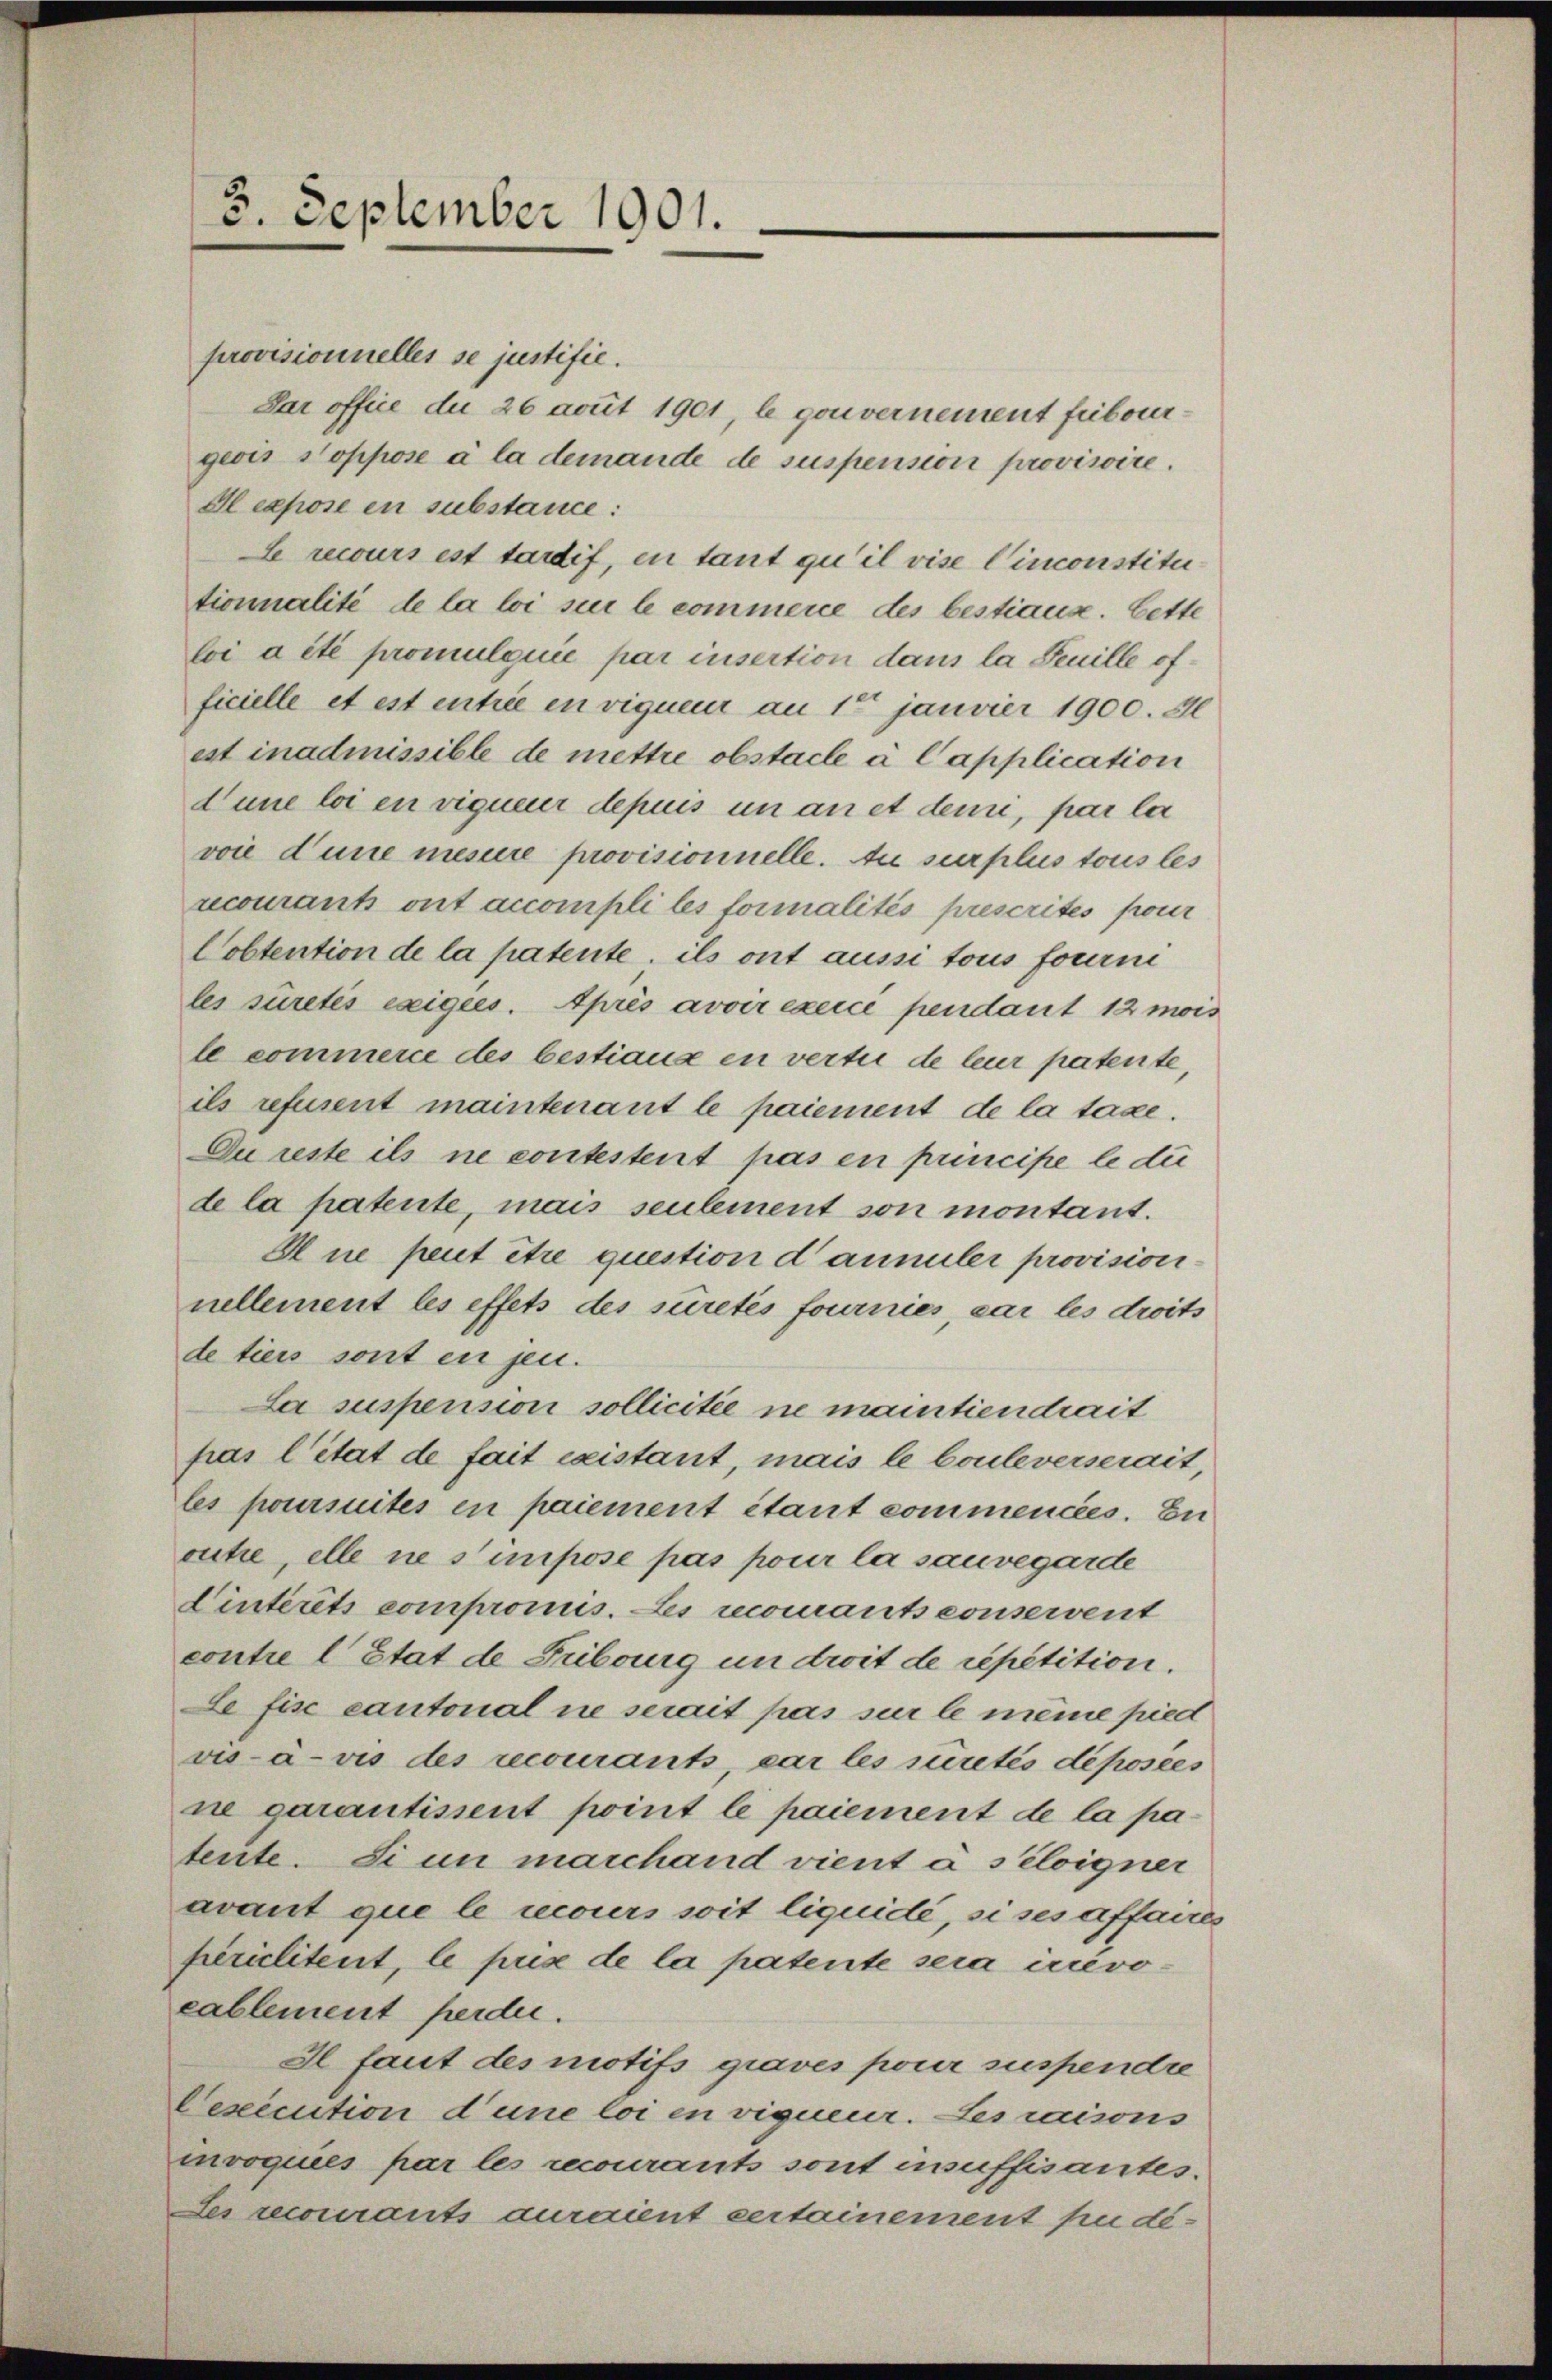
3. September 1901.

provisionnelles se justific.
Dar office du 26 somit 1901, le gouvernement fibourgeois Soppose à la demande de suspension provisoire.
Al expose en substance:
Le recours est tadif, in tant qu’il vise Cinconstitutionnalité de la loi sie le commerce des bestiause. Bette
boi a été promulquie par insertion dans la Seuille officielle et est entrie en vignem an 1ten janvier 1900. Il
est inadmissible de mettre obstacle à Capplication
Lune loi en viquer depuis in an et denn, par la
voie d’une mesure provisionnelle. An surplus tous les
recourants ont accompli les formalités prescrites pour
Cobtention de la patente, ils ont aussi tous fourni
les suretés exigies. Après avoir exerce pendant 12 mois
le commerce des bestiaus en vertu de leur patente,
ils refusent maintenant le paiement de la tage.
Du reste ils ne contestent pas en principe le du
de la patente, mais seulement son montant.
Ane peut être question d’annuler provisionnellement les effets des suretés fournies, car les droits
de tiers sont en jen.
La suspension sollicitée ne maintiendrait
pas l’état de fait existant, mais le Couleverserait,
les poursuites en paiement étant commencées. En
outie, elle ne simpose pas pour la sauvegarde
Cintérêts compromus. Les recomants conservent
contie l. Etat de Fribourg un droit de répétition.
Le fisc cantonal ne serait pas sur le meine pied
vis-à-vis des recourants, car les suretés déposées
ne garantissent point le paiement de la pa
tente. Si un marchand vient à séloigner
avant que le mours soit liquide, si ses affaires
périclitent, le prise de la patente sein irrévocablement perden.
Il faut des motifs graves pour suspendie
Cexecution d’une loi en vigneur. Les raisons
mvoquées par les recourants sont insuffisantes.
Les recourants auraient certainement pu dé-